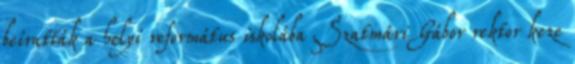
beíratták a helyi református iskolába Szatmári Gábor rektor keze